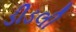
ડીડલી